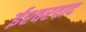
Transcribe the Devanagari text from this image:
ईश्‍वरवाद